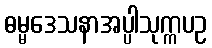
ဓမ္မဒေသနာအပ္ပါသုက္ကပဥ